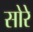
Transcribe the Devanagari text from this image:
सोरे